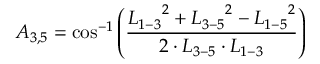
{ A _ { 3 , 5 } } = \cos ^ { - 1 } \left( \frac { { L _ { 1 - 3 } } ^ { 2 } + { L _ { 3 - 5 } } ^ { 2 } - { L _ { 1 - 5 } } ^ { 2 } } { 2 \cdot { L _ { 3 - 5 } } \cdot { L _ { 1 - 3 } } } \right)